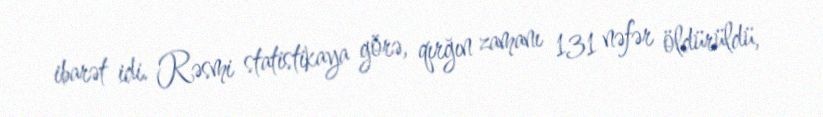
ibarət idi. Rəsmi statistikaya görə, qırğın zamanı 131 nəfər öldürüldü,